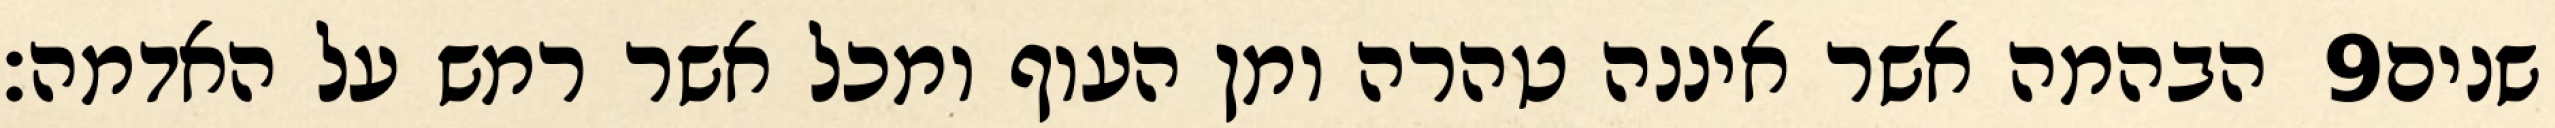
הבהמה אשר איננה טהרה ומן העוף ומכל אשר רמש על האדמה׃ ‎9‏ שנים